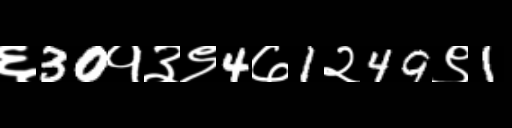
Text: ६30१३९4७1२49९1